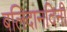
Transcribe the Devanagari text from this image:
बलिदानदिनी